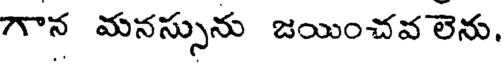
గాన మనస్సును జయించవ లెను,